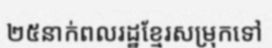
២៥នាក់ពលរដ្ឋខ្មែរសម្រុកទៅ